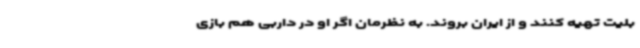
بلیت تهیه کنند و از ایران بروند. به نظرمان اگر او در داربی هم بازی